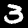
Digit: 3